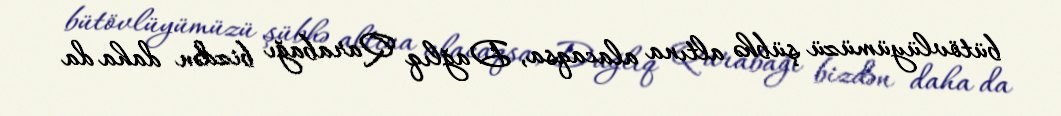
bütövlüyümüzü şübhə altına alacaqsa, Dağlıq Qarabağı bizdən daha da